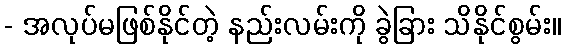
- အလုပ်မဖြစ်နိုင်တဲ့ နည်းလမ်းကို ခွဲခြား သိနိုင်စွမ်း။